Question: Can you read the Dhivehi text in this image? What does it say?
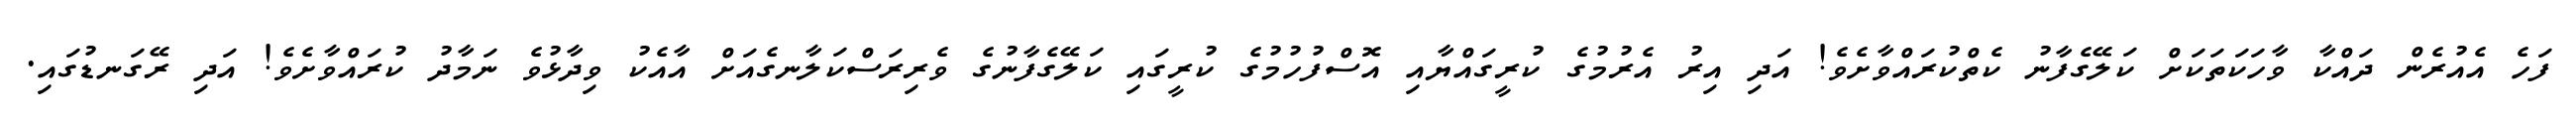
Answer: ފަހެ އެއުރެން ދައްކާ ވާހަކަތަކަށް ކަލޭގެފާނު ކެތްކުރައްވާށެވެ! އަދި އިރު އެރުމުގެ ކުރީގައްޔާއި އޮސްފުހުމުގެ ކުރީގައި ކަލޭގެފާނުގެ ވެރިރަސްކަލާނގެއަށް އާއެކު ވިދާޅުވެ ނަމާދު ކުރައްވާށެވެ! އަދި ރޭގަނޑުގައި.